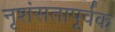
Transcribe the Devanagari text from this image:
नृशंसतापूर्वक